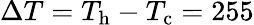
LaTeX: \Delta T=T_{\mathrm{h}}-T_{\mathrm{c}}=255